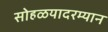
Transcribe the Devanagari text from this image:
सोहळयादरम्यान